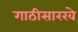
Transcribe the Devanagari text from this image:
गाठीसारखे